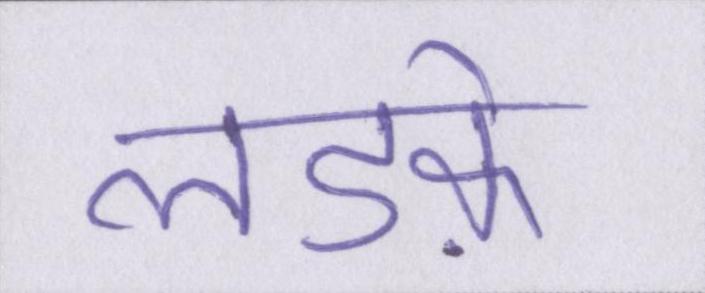
लडक़े